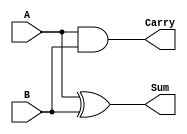

module HA_design(
    input A,
    input B,
    output Sum,
    output Carry
    );
    xor(Sum, A, B);
    and(Carry, A, B); 
endmodule